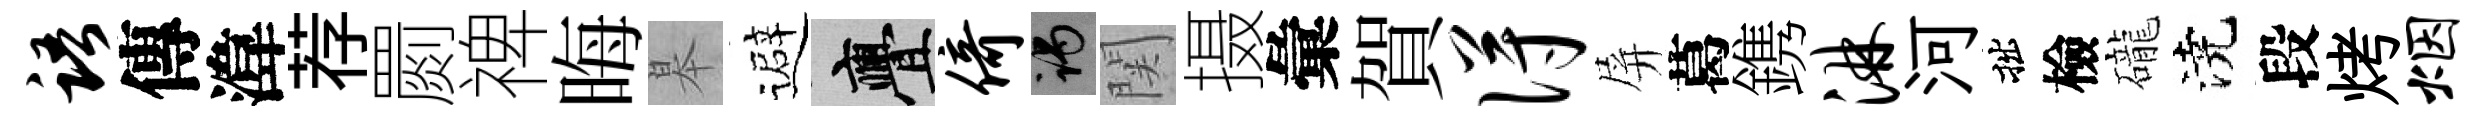
语傳湋荐罽禆晦皋避亹倚谒関摄彙賀得屏葛鎸淋河拙檢礲澆段烤烟